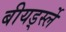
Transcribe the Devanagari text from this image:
बीयर्ड्स्ले